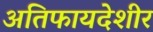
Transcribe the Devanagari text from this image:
अतिफायदेशीर